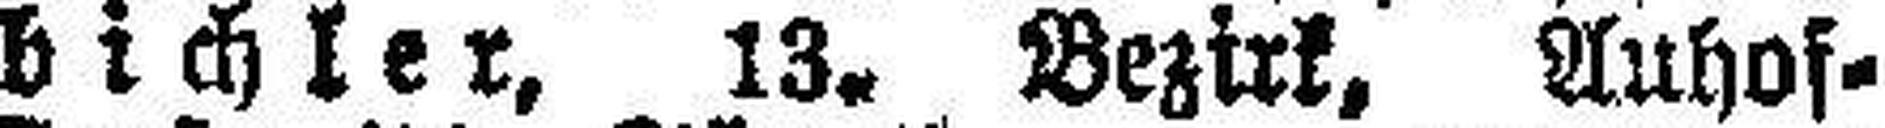
bichler, 13. Bezirk, Auhof¬